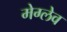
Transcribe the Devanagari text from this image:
मेग्लेव